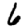
Digit: 6